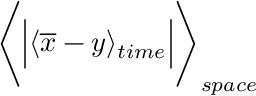
\Biggl \langle \Bigl \vert \langle \overline { { x } } - y \rangle _ { t i m e } \Bigl \vert \Biggl \rangle _ { s p a c e }